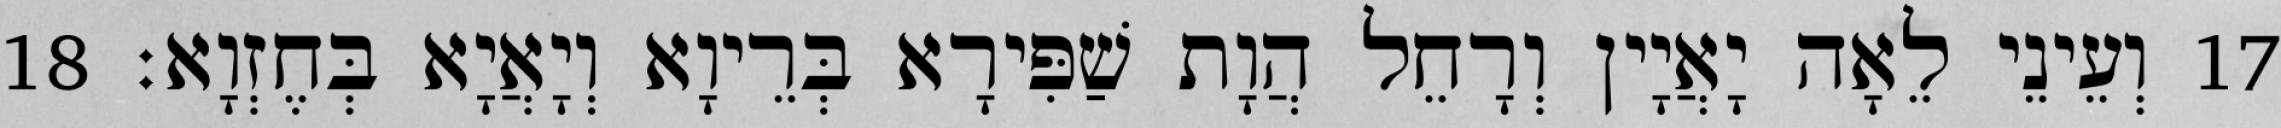
17 וְעֵינֵי לֵאָה יָאֲיָין וְרָחֵל הֲוָת שַׁפִּירָא בְּרֵיוָא וְיָאֲיָא בְּחֶזְוָא׃ 18